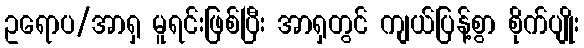
ဥရောပ/အာရှ မူရင်းဖြစ်ပြီး အာရှတွင် ကျယ်ပြန့်စွာ စိုက်ပျိုး